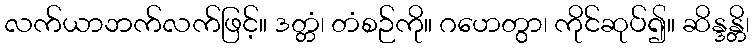
လက်ယာဘက်လက်ဖြင့်။ ဒတ္တံ၊ တံစဉ်ကို။ ဂဟေတွာ၊ ကိုင်ဆုပ်၍။ ဆိန္ဒန္တိ၊